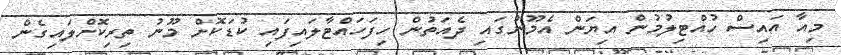
މިއާ އައިސް ހުއްޓިލުމުން އިޔަން އެމޫނުގައި ދެއަތުން ހިފަހައްޓާލައިފައި ކުޑަކޮށް މޫނު ތިރިކޮށްލައިގެން